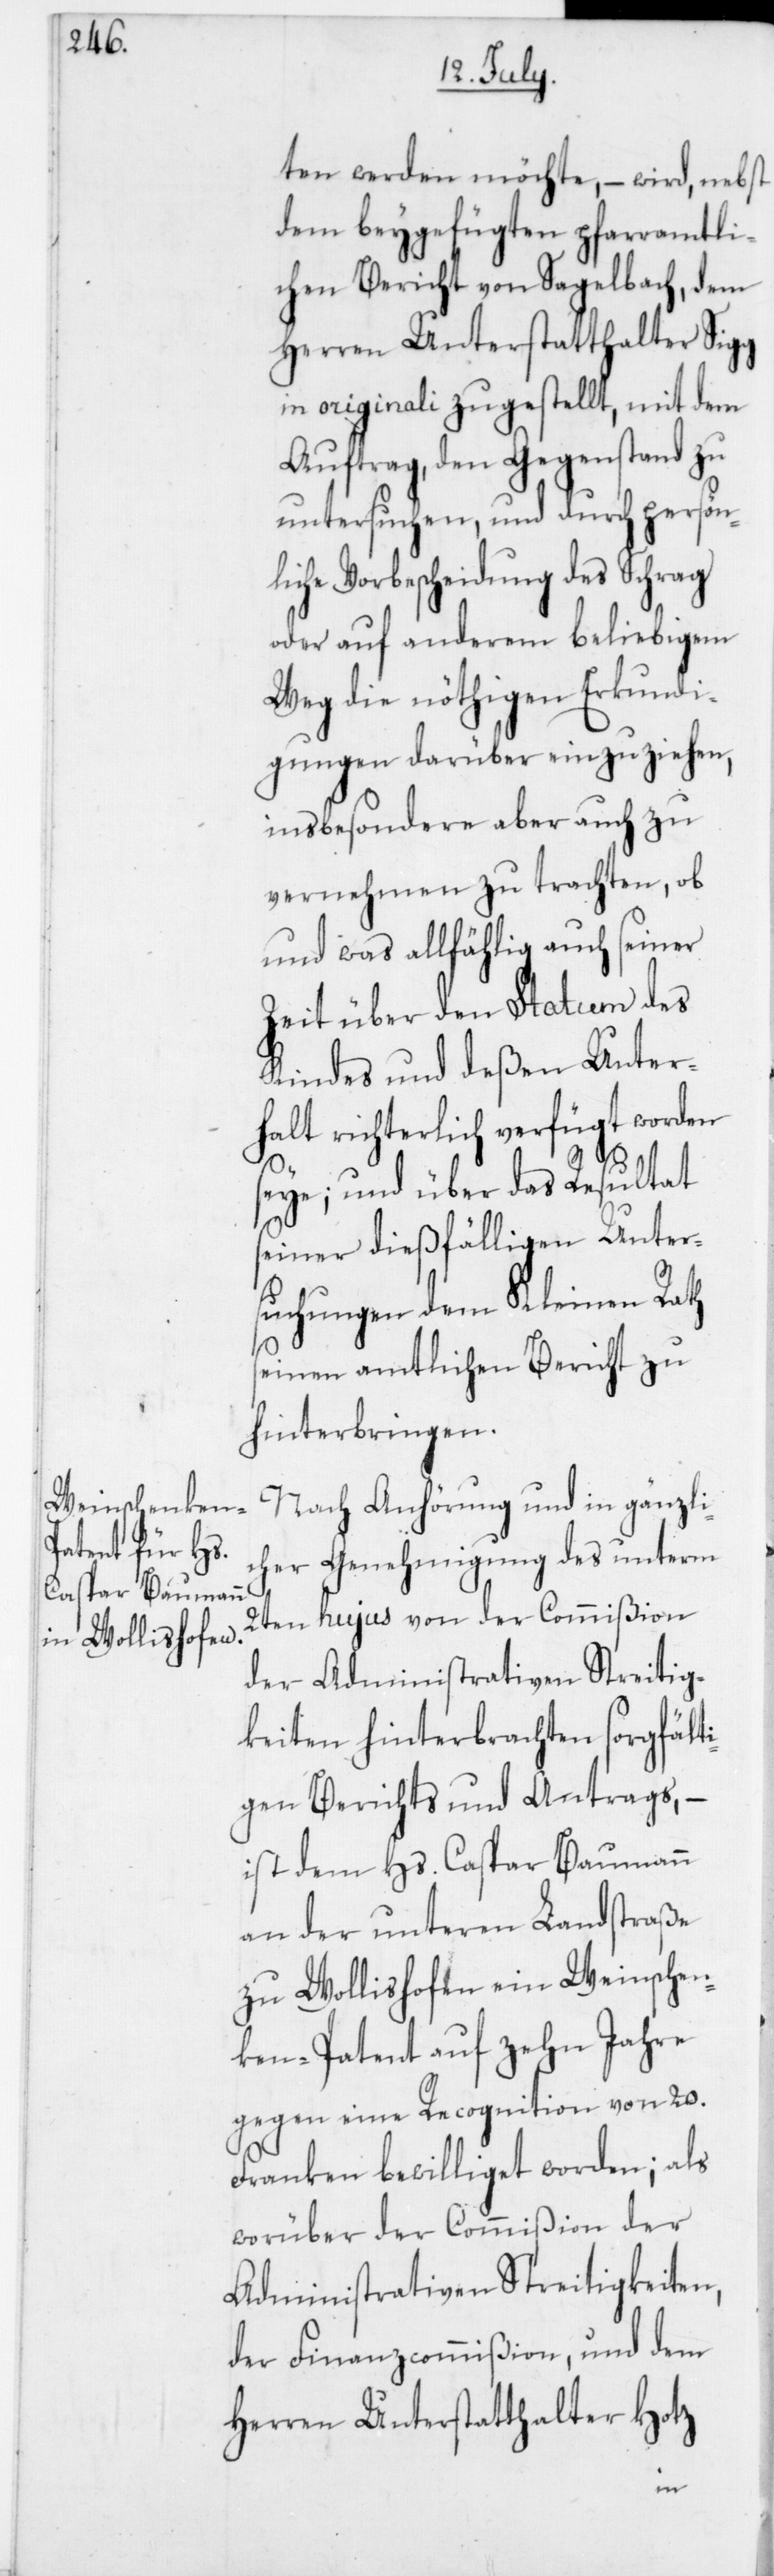
ten werden möchte, – wird, nebst
dem beygefügten pfarramtli¬
chen Bericht von Sagelbach, dem
Herren Unterstatthalter Sigg
in originali zugestellt, mit dem
Auftrag, den Gegenstand zu
untersuchen, und durch persön¬
liche Vorbescheidung des Schrag
oder auf anderem beliebigen
Weg die nöthigen Erkundi¬
gungen darüber einzuziehen,
insbesondere aber auch zu
vernehmen zu trachten, ob
und was allfählig auch seiner
Zeit über den Statum des
Kindes und deßen Unter¬
halt richterlich verfügt worden
seye, und über das Resultat
seiner dießfälligen Unter¬
suchungen dem Kleinen Rath
seinen amtlichen Bericht zu
hinterbringen.
Nach Anhörung und in gänzli¬
cher Genehmigung des unterm
2ten hujus von der Commißion
der Administrativen Streitig¬
keiten hinterbrachten sorgfälti¬
gen Berichts und Antrags, –
ist dem Hs. Caspar Baumann
an der unteren Landstraße
zu Wollishofen ein Weinschen¬
ken-Patent auf zehn Jahre
gegen eine Recognition von 20.
Franken bewilliget worden; als
worüber der Commißion der
Administrativen Streitigkeiten,
der Finanzcommißion, und dem
Herren Unterstatthalter Hotz